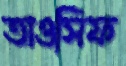
তাওসিফ